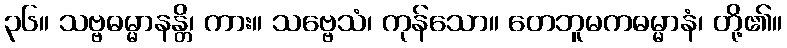
၃၆။ သဗ္ဗဓမ္မာနန္တိ၊ ကား။ သဗ္ဗေသံ၊ ကုန်သော။ တေဘူမကဓမ္မာနံ၊ တို့၏။